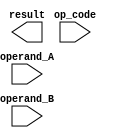
module single_precision_FPU (
    input [31:0] operand_A,
    input [31:0] operand_B,
    input [1:0] op_code,
    output reg [31:0] result
);

// Add your Verilog code here for single precision floating point unit

endmodule